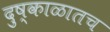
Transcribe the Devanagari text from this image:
दुष्काळातच